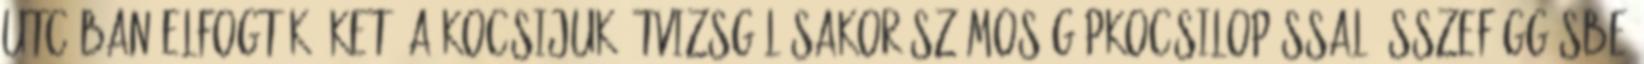
utcában elfogták őket. A kocsijuk átvizsgálásakor számos gépkocsilopással összefüggésbe